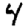
Digit: 4